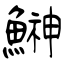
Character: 鰰